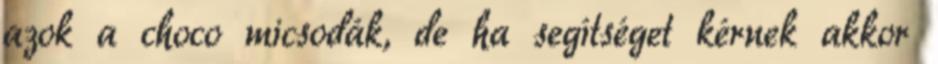
azok a choco micsodák, de ha segítséget kérnek akkor